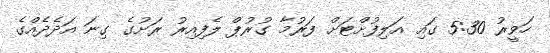
ހަވީރު 5:30 ގައި އަލިފުށްޓަށް ފަރުމާ ގުރުޕް ލެފިއިރު ރަށުގެ ގިނަ އަދެދެއްގެ